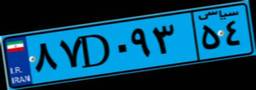
۸۷D۰۹۳۵۴